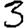
Digit: 3